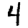
Digit: 4